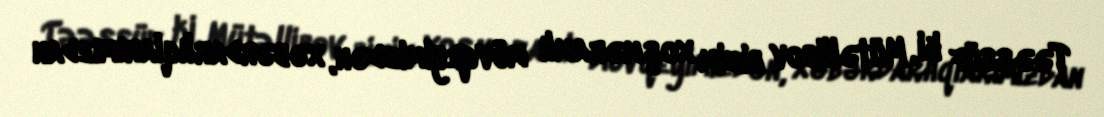
Təəssüf ki, Mütəllibov bizim xoşməramlı mövqeyimizdən, xəbərdarlıqlarımızdan